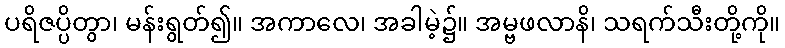
ပရိဇပ္ပိတွာ၊ မန်းရွတ်၍။ အကာလေ၊ အခါမဲ့၌။ အမ္ဗဖလာနိ၊ သရက်သီးတို့ကို။